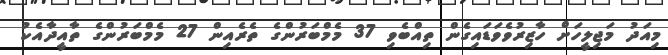
މިއަދު މަޖިލީހަށް ހާޒިރުވެވަޑައިގެން ތިއްބެވި 37 މެމްބަރުންގެ ތެރެއިން 27 މެމްބަރުންގެ ތާއީދާއެކު